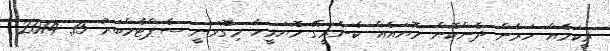
ވީކަމެއް ހަރާން ދެންކޮން މޮޔައެއް ކެނެރީގޭ މޮޔަމީހާ މިގޮވަނީ ސެޕްޓެމްބަރު 15